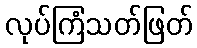
လုပ်ကြံသတ်ဖြတ်